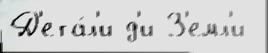
Д'ета́л'и д'и З'емл'и